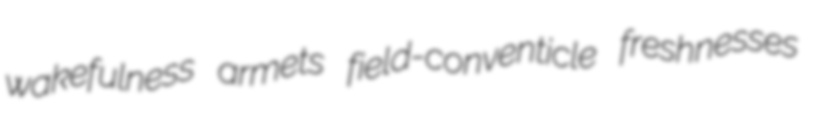
wakefulness armets field-conventicle freshnesses